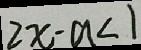
2 x - a < 1